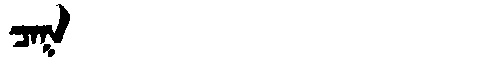
Manchu: ᠴᠠᡴ
Romanization: CAK